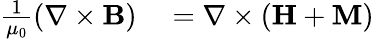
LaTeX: \begin{array}{rl}{{\frac{1}{\mu_{0}}}(\mathbf{\nabla}\times\mathbf{B})}&{{}=\mathbf{\nabla}\times\left(\mathbf{H}+\mathbf{M}\right)}\end{array}